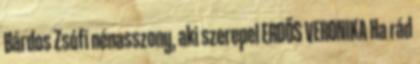
Bárdos Zsófi nénasszony, aki szerepel ERDŐS VERONIKA Ha rád